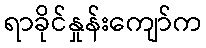
ရာခိုင်နှုန်းကျော်က